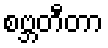
စဗ္ဘတီတာ